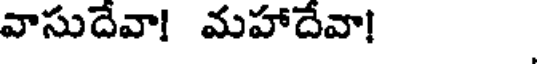
వాసుదేవా! మహాదేవా!